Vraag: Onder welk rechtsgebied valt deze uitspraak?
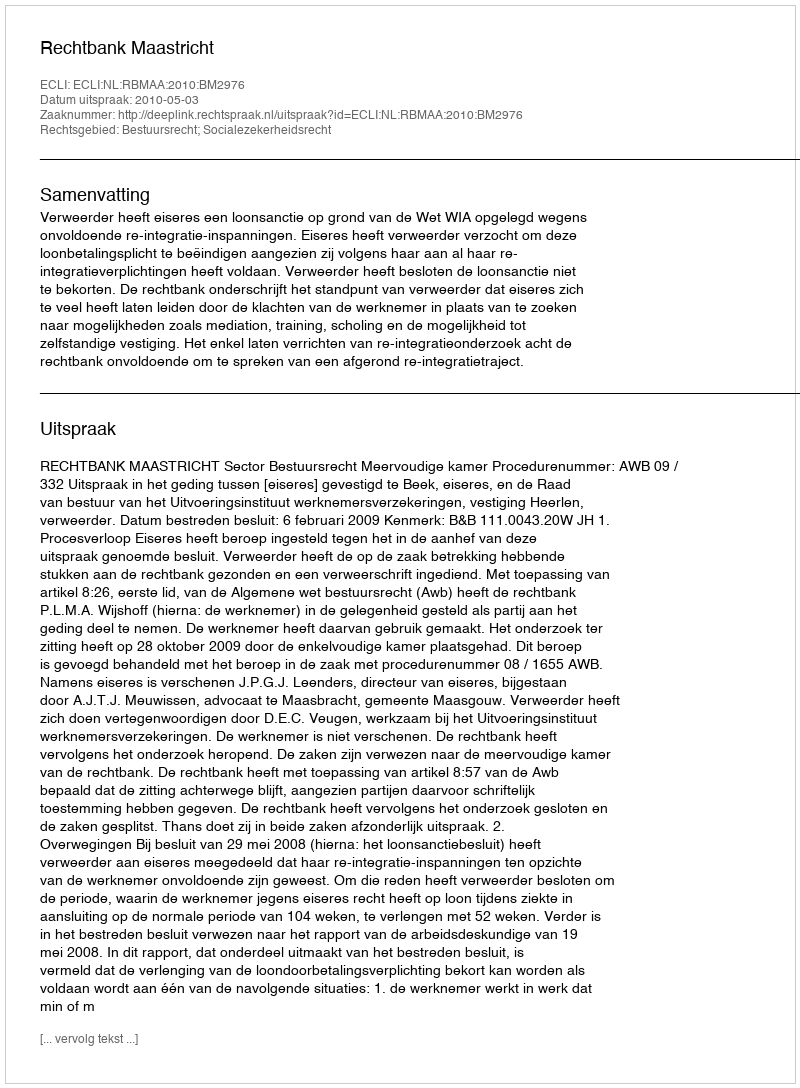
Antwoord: Bestuursrecht; Socialezekerheidsrecht